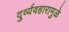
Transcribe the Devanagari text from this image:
दुर्व्यवहारामुळे